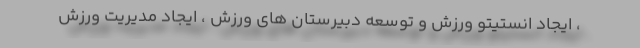
، ایجاد انستیتو ورزش و توسعه دبیرستان های ورزش ، ایجاد مدیریت ورزش